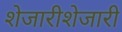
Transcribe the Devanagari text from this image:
शेजारीशेजारी